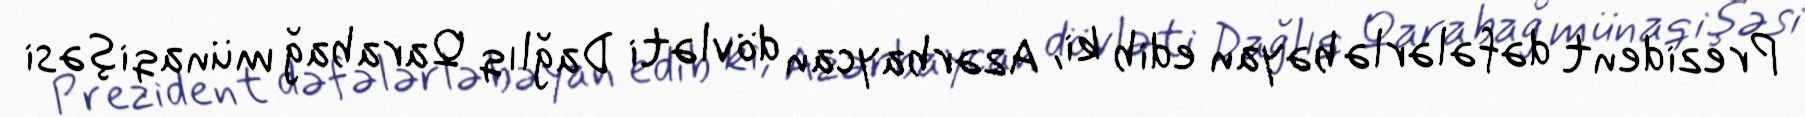
Prezident dəfələrlə bəyan edib ki, Azərbaycan dövləti Dağlıq Qarabağ münaqişəsi